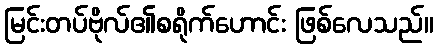
မြင်းတပ်ဗိုလ်၏စရိုက်ဟောင်း ဖြစ်လေသည်။